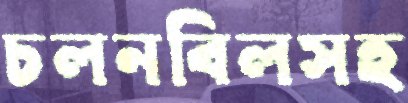
চলনবিলসহ